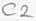
Text: C2